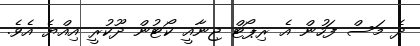
ދެ މަސް ފަހުން އެ ރިޕޯޓް ޖިނާއީ ކޯޓުން ދޫކުރީ އިއްޔެ އެވެ.